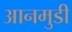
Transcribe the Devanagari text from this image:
आनमुडी